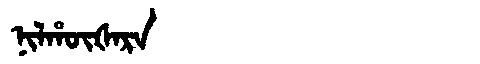
Manchu: ᠨᡳᠯᡥᡡᡧᠠᡵᠠ
Romanization: NILHŪŠARA